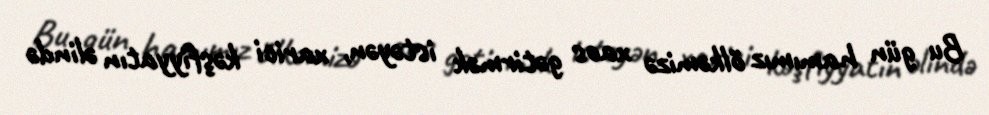
Bu gün hamımız ölkəmizə xaos gətirmək istəyən, xarici kəşfiyyatın əlində